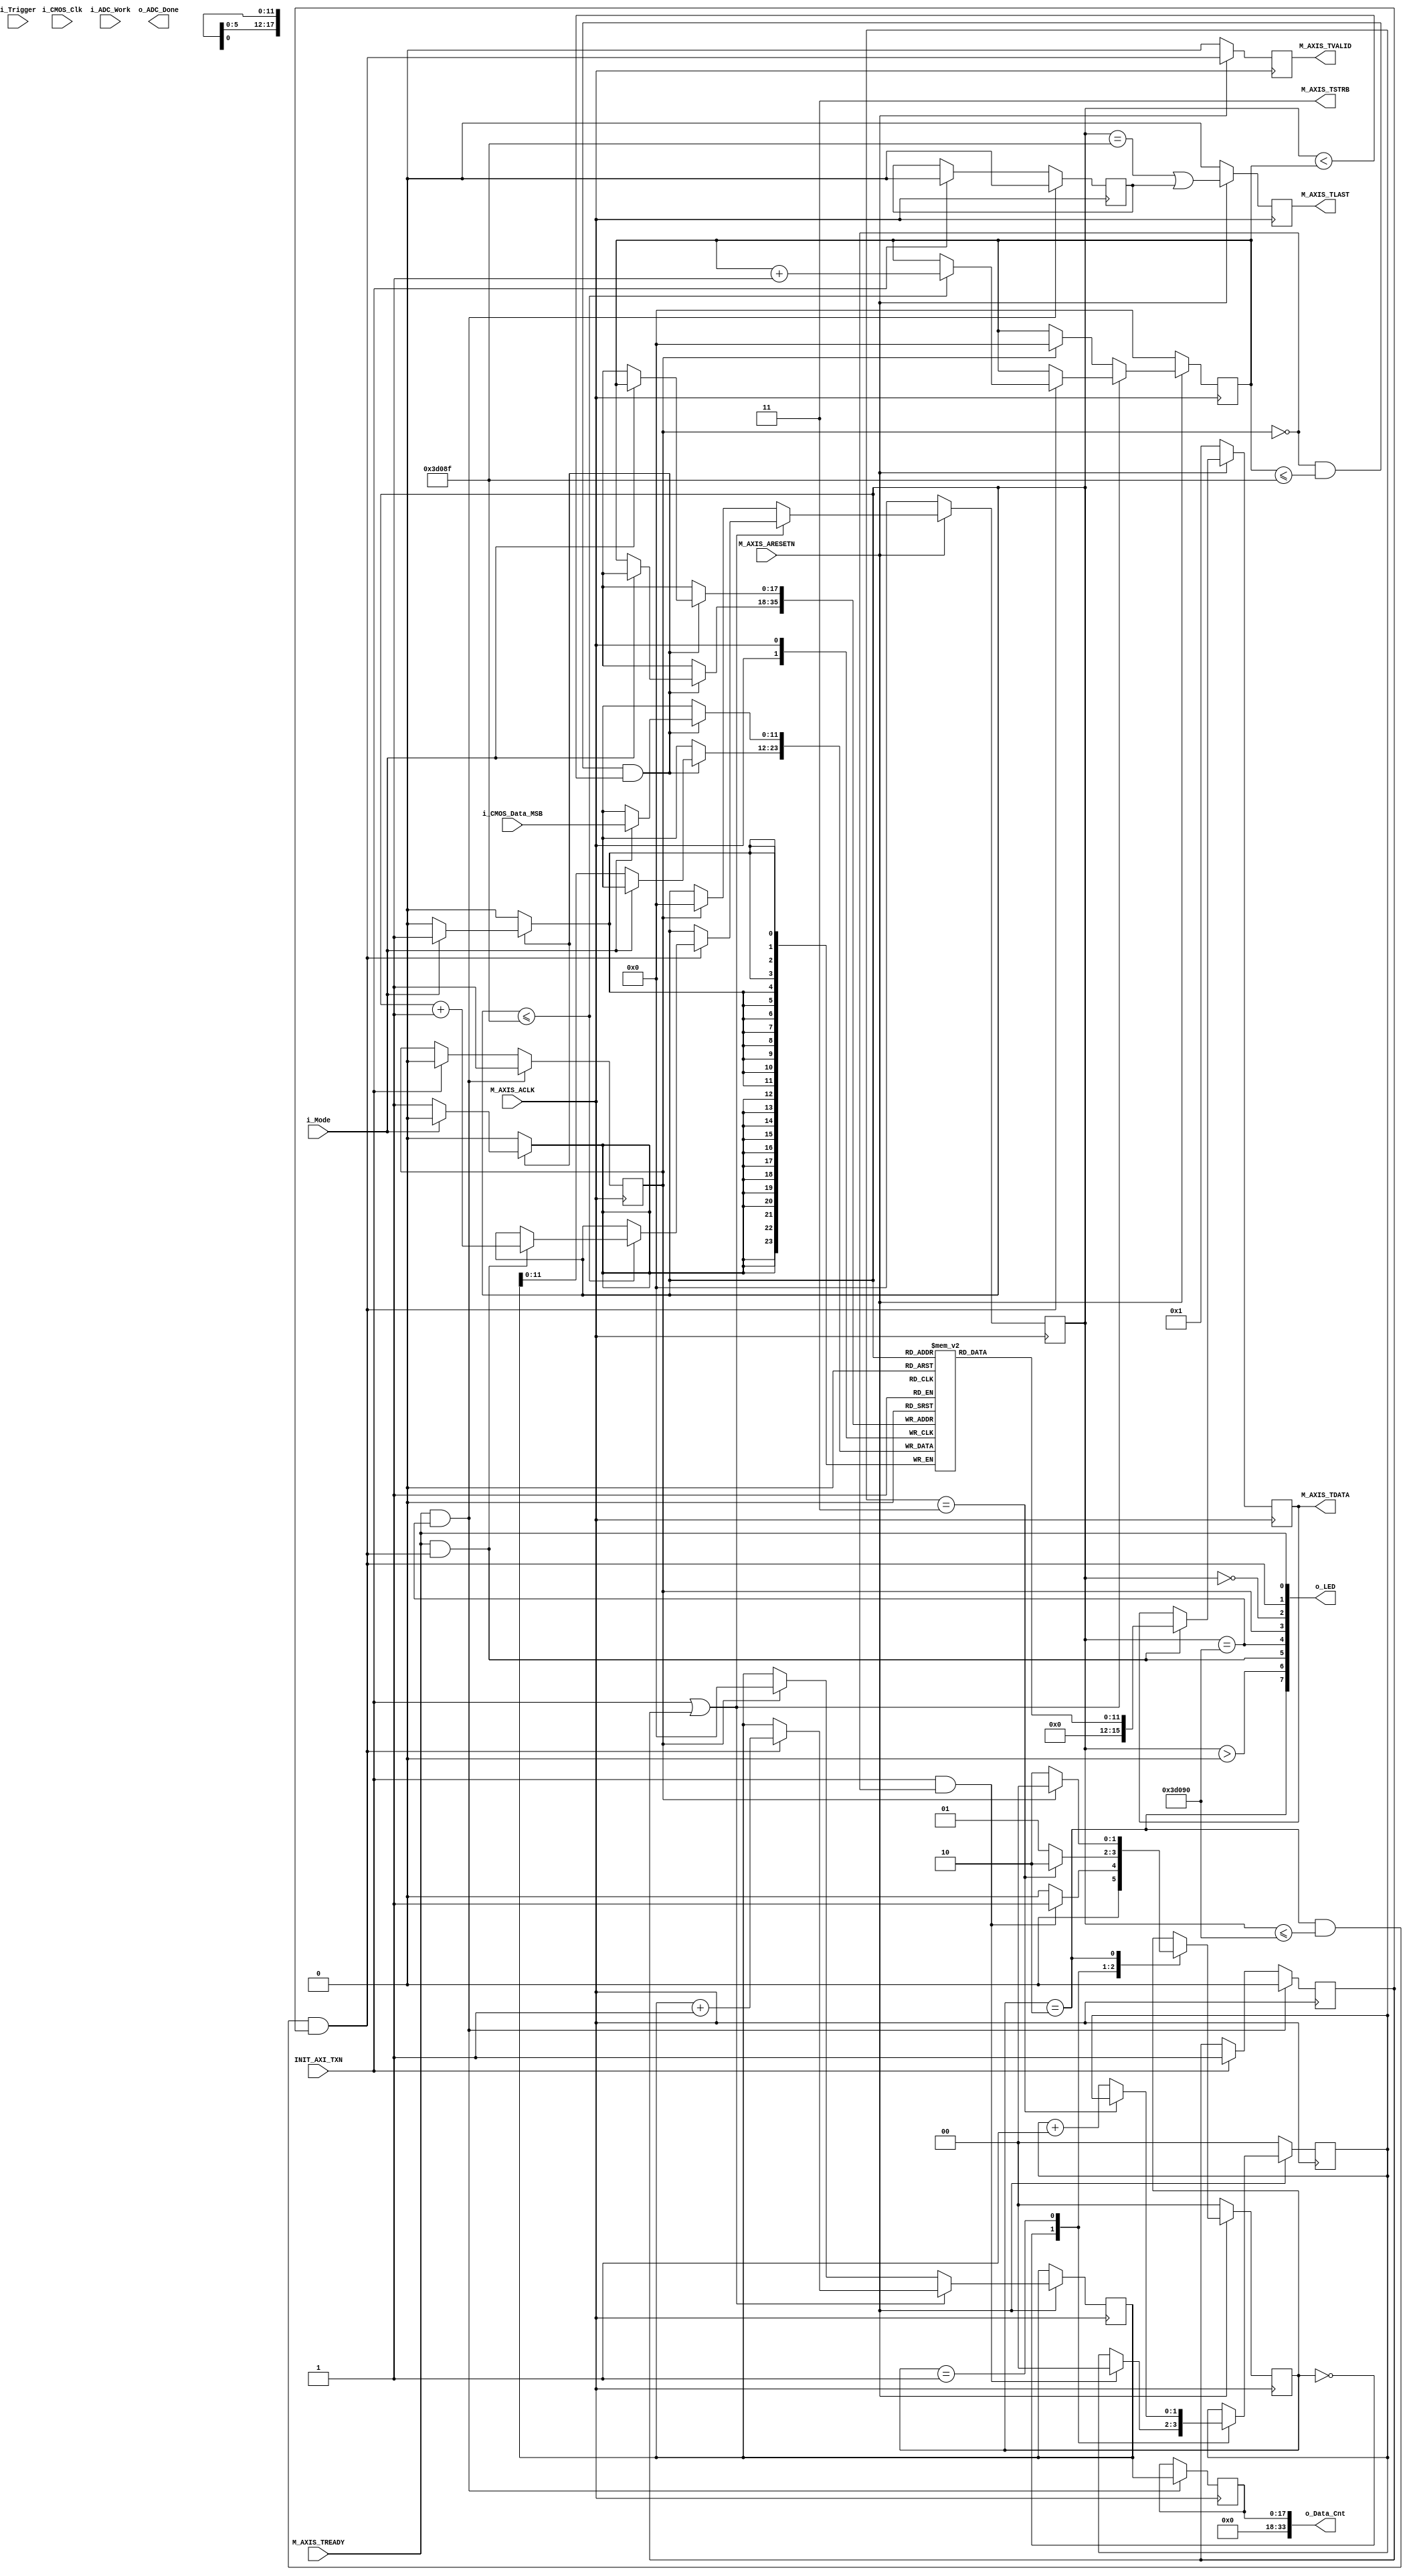
`define Data_Size 250000
`timescale 1 ns / 1 ps

	module PL_SPI_ADC_MasterStream_v1_0_M00_AXIS #
	(
		// Users to add parameters here

		// User parameters ends
		// Do not modify the parameters beyond this line

		// Width of S_AXIS address bus. The slave accepts the read and write addresses of width C_M_AXIS_TDATA_WIDTH.
		parameter integer C_M_AXIS_TDATA_WIDTH	= 16,
		// Start count is the number of clock cycles the master will wait before initiating/issuing any transaction.
		parameter integer C_M_START_COUNT	= 4
	)
	(
		// Users to add ports here
        input wire i_CMOS_Clk,
//        input wire [11:0] i_CMOS_Data,
        input wire [11:0] i_CMOS_Data_MSB,
//        input wire [7:0] i_CMOS_Data_LSB,
//        output wire [13:0] o_CMOS_Data,
        input wire i_ADC_Work,
        output wire o_ADC_Done,
        input wire  INIT_AXI_TXN,
        output wire [7:0] o_LED,
        input wire i_Trigger,
        input wire i_Mode,
		output wire [33:0] o_Data_Cnt,
		// User ports ends
		// Do not modify the ports beyond this line

		// Global ports
		input wire  M_AXIS_ACLK,
		// 
		input wire  M_AXIS_ARESETN,
		// Master Stream Ports. TVALID indicates that the master is driving a valid transfer, A transfer takes place when both TVALID and TREADY are asserted. 
		output wire  M_AXIS_TVALID,
		// TDATA is the primary payload that is used to provide the data that is passing across the interface from the master.
		output wire [C_M_AXIS_TDATA_WIDTH-1 : 0] M_AXIS_TDATA,
		// TSTRB is the byte qualifier that indicates whether the content of the associated byte of TDATA is processed as a data byte or a position byte.
		output wire [(C_M_AXIS_TDATA_WIDTH/8)-1 : 0] M_AXIS_TSTRB,
		// TLAST indicates the boundary of a packet.
		output wire  M_AXIS_TLAST,
		// TREADY indicates that the slave can accept a transfer in the current cycle.
		input wire  M_AXIS_TREADY
	);
	// Total number of output data                                                 
	localparam NUMBER_OF_OUTPUT_WORDS = `Data_Size;                                               
//	localparam NUMBER_OF_OUTPUT_WORDS = 256;                                                                            
	// function called clogb2 that returns an integer which has the                      
	// value of the ceiling of the log base 2.                                           
	function integer clogb2 (input integer bit_depth);                                   
	  begin                                                                              
	    for(clogb2=0; bit_depth>0; clogb2=clogb2+1)                                      
	      bit_depth = bit_depth >> 1;                                                    
	  end                                                                                
	endfunction                                                                          
	                                                                                     
	// WAIT_COUNT_BITS is the width of the wait counter.                                 
	localparam integer WAIT_COUNT_BITS = clogb2(C_M_START_COUNT-1);                      
//	localparam integer WAIT_COUNT_BITS = 1;                      
	// bit_num gives the minimum number of bits needed to address 'depth' size of FIFO.  
	localparam bit_num  = clogb2(NUMBER_OF_OUTPUT_WORDS);                                
//	localparam bit_num  = 32;                                
	                                                                                     
	// Define the states of state machine                                                
	// The control state machine oversees the writing of input streaming data to the FIFO,
	// and outputs the streaming data from the FIFO                                      
	parameter [1:0] IDLE = 2'b00,        // This is the initial/idle state               
	                                                                                     
	                INIT_COUNTER  = 2'b01, // This state initializes the counter, once   
	                                // the counter reaches C_M_START_COUNT count,        
	                                // the state machine changes state to SEND_STREAM     
	                SEND_STREAM   = 2'b10; // In this state the                          
	                                     // stream data is output through M_AXIS_TDATA   
	// State variable                                                                    
	reg [1:0] mst_exec_state = 0;                                                            
	// Example design FIFO read pointer                                                  
	reg [bit_num-1:0] read_pointer = 0;                                                      
    reg [bit_num-1:0] write_pointer = 0;
    reg [bit_num-1:0] r_count = 0;
    reg [11:0] r_Receive [NUMBER_OF_OUTPUT_WORDS - 1: 0];
	// AXI Stream internal signals
	//wait counter. The master waits for the user defined number of clock cycles before initiating a transfer.
	reg [WAIT_COUNT_BITS-1 : 0] 	count = 0;
	//streaming data valid
	wire  	axis_tvalid;
	//streaming data valid delayed by one clock cycle
	reg  	axis_tvalid_delay = 0;
	//Last of the streaming data 
	wire  	axis_tlast;
	//Last of the streaming data delayed by one clock cycle
	reg  	axis_tlast_delay = 0;
	//FIFO implementation signals
	reg [C_M_AXIS_TDATA_WIDTH-1 : 0] 	stream_data_out = 0;
	wire  	tx_en;
	//The master has issued all the streaming data stored in FIFO
	reg  	tx_done;

    reg [7:0] r_LED = 0;
    reg [3:0] r_addon = 0;
    reg r_Parameter_Init = 0;
	// I/O Connections assignments

	assign M_AXIS_TVALID	= axis_tvalid_delay;
	assign M_AXIS_TDATA	= stream_data_out;
//	assign M_AXIS_TDATA	= w_CMOS_Data;
	assign M_AXIS_TLAST	= axis_tlast_delay;
	assign M_AXIS_TSTRB	= {(C_M_AXIS_TDATA_WIDTH/8){1'b1}};
    assign o_LED = r_LED;

	// Control state machine implementation                             
	always @(posedge M_AXIS_ACLK)                                             
	begin                                                                     
	  if (!M_AXIS_ARESETN)                                                    
	  // Synchronous reset (active low)                                       
	    begin                                                                 
	      mst_exec_state <= IDLE;                                             
	      count    <= 0;                                                      
	    end                                                                   
	  else                                                                    
	    case (mst_exec_state)                                                 
	      IDLE:                                                               
	        // The slave starts accepting tdata when                          
	        // there tvalid is asserted to mark the                           
	        // presence of valid streaming data                               
	        //if ( count == 0 )                                                 
	        //  begin
	        if (INIT_AXI_TXN & !tx_done)  
	        begin                   
	            count <= 0;                                     
	            mst_exec_state  <= INIT_COUNTER;  
	            r_Parameter_Init <= 1;
	        end                                                                  
	        else                                                              
	          begin                                                           
	            mst_exec_state  <= IDLE;                                      
	          end                                                             
	                                                                          
	      INIT_COUNTER:                                                       
	        // The slave starts accepting tdata when                          
	        // there tvalid is asserted to mark the                           
	        // presence of valid streaming data                               
	        if ( count == C_M_START_COUNT - 1 )                               
	          begin                                                           
	            mst_exec_state  <= SEND_STREAM; 
	            r_Parameter_Init <= 0;                              
	          end                                                             
	        else                                                              
	          begin                                                           
	            count <= count + 1;                                           
	            mst_exec_state  <= INIT_COUNTER;                      
	          end                                                             
	                                                                          
	      SEND_STREAM:                                                        
	        // The example design streaming master functionality starts       
	        // when the master drives output tdata from the FIFO and the slave
	        // has finished storing the S_AXIS_TDATA                          
	        if (tx_done)                                                      
	          begin                                                           
	            mst_exec_state <= IDLE;                                       
	          end                                                             
	        else                                                              
	          begin                                                           
	            mst_exec_state <= SEND_STREAM;                                
	          end                                                             
	    endcase                                                               
	end                                                                       
    reg r_TXN = 0;
    reg r_last = 0;
    reg [bit_num-1:0] r_Data_Cnt = 0;
    
    assign o_Data_Cnt = r_Data_Cnt;
    
    always @(posedge M_AXIS_ACLK)
    begin
        if (INIT_AXI_TXN)                               // start transmit
        begin
            r_TXN <= 1;                                                     
            tx_done <= 1'b0;
            r_last <= 0;
        end
//        else if (r_TXN && tx_en)                        // gen last signal
//        begin
//            r_last <= 1;
//        end
        
        if (M_AXIS_TREADY && (read_pointer == NUMBER_OF_OUTPUT_WORDS))               //end & reset
//        if (M_AXIS_TREADY && (r_last || read_pointer == NUMBER_OF_OUTPUT_WORDS))               //end & reset
        begin
            r_TXN <= 0;
            r_last <= 0;                                                         
            tx_done <= 1'b1; 
            r_Data_Cnt <= r_count;
        end

    end
	//tvalid generation
	//axis_tvalid is asserted when the control state machine's state is SEND_STREAM and
	//number of output streaming data is less than the NUMBER_OF_OUTPUT_WORDS.
	assign axis_tvalid = ((mst_exec_state == SEND_STREAM) && (read_pointer <= NUMBER_OF_OUTPUT_WORDS) && r_TXN);
	// AXI tlast generation                                                                        
	// axis_tlast is asserted number of output streaming data is NUMBER_OF_OUTPUT_WORDS-1
	                                                                   
	assign axis_tlast = ((read_pointer == NUMBER_OF_OUTPUT_WORDS-1) || r_last);                                        
	                                                                                               
	                                                                                               
	// Delay the axis_tvalid and axis_tlast signal by one clock cycle                              
	// to match the latency of M_AXIS_TDATA                                                        
	always @(posedge M_AXIS_ACLK)                                                                  
	begin                                                                                          
	  if (!M_AXIS_ARESETN)                                                                         
	    begin                                                                                      
	      axis_tvalid_delay <= 1'b0;                                                               
	      axis_tlast_delay <= 1'b0;                                                                
	    end                                                                                        
	  else                                                                                         
	    begin                                                                                      
	      axis_tvalid_delay <= axis_tvalid;                                                        
	      axis_tlast_delay <= axis_tlast;                                                          
	    end                                                                                        
	end                                                                                            

	//read_pointer pointer

    always @ (posedge M_AXIS_ACLK)
    begin
        if (!tx_done && write_pointer <= NUMBER_OF_OUTPUT_WORDS - 1 && read_pointer < write_pointer)
        begin
	        if (i_Mode)
	        begin
                r_Receive[write_pointer]<= i_CMOS_Data_MSB;
            end
            else
                r_Receive[write_pointer] = r_count;
        end
    end

    always@(posedge M_AXIS_ACLK)                                               
    begin                                                                            
        if(!M_AXIS_ARESETN)                                                            
        begin
            write_pointer <= 0;                                                                        
            read_pointer <= 0;                                                           
        end                                                                          
        else if (INIT_AXI_TXN || r_TXN)  
        begin
            if (axis_tvalid)
            begin 
                r_count = r_count + 1;
                if (read_pointer <= NUMBER_OF_OUTPUT_WORDS-1)                                
                begin
                    write_pointer <= write_pointer + 1;                                                                      
                    if (tx_en)                                                               
                    // read pointer is incremented after every read from the FIFO          
                    // when FIFO read signal is enabled.                                   
                    begin                                                                  
                        read_pointer <= read_pointer + 1;                                                    
                    end                                                                    
                end                                                                        
            end  
        end
        else if (tx_done)
        begin
            read_pointer <= 0;
            write_pointer <= 0;     
            r_count <= 0;
        end                                                                    
    end                                                                              
    

	//FIFO read enable generation 

	assign tx_en = M_AXIS_TREADY && axis_tvalid;   
	                                                     
	    // Streaming output data is read from FIFO       
	    always @( posedge M_AXIS_ACLK )                  
	    begin                                            
	      if(!M_AXIS_ARESETN)                            
	        begin                                        
	          stream_data_out <= 1;                      
	        end                                          
	      else if (tx_en)// && M_AXIS_TSTRB[byte_index]  
	        begin                                        
//	          stream_data_out <= read_pointer + 16'b1 + r_addon;   
//                stream_data_out <= w_CMOS_Data;
                stream_data_out <= r_Receive[read_pointer];
	        end                                          
	    end       
    
//    assign o_ADC_Done = 1;
	// Add user logic here
	always @(*)
	begin
	   r_LED[0] = M_AXIS_TREADY;
	   r_LED[1] = axis_tvalid;
	   r_LED[2] = (read_pointer == 0);
	   r_LED[3] = tx_done;
	   r_LED[4] = (read_pointer == NUMBER_OF_OUTPUT_WORDS);
	   r_LED[5] = tx_en;
	   r_LED[6] = read_pointer > 0;
//	   r_LED[5-:2] = r_addon;
	   r_LED[7] = mst_exec_state == SEND_STREAM;
//       r_LED[5] = read_pointer <= NUMBER_OF_OUTPUT_WORDS-1;
	end
	// User logic ends

	endmodule